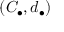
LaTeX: ( C _ { \bullet } , d _ { \bullet } )